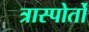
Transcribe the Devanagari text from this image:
त्रास्पोर्तो